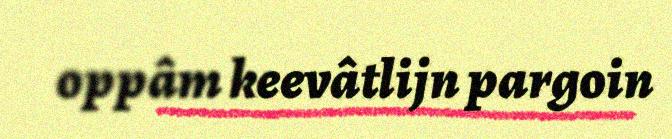
oppâm keevâtlijn pargoin